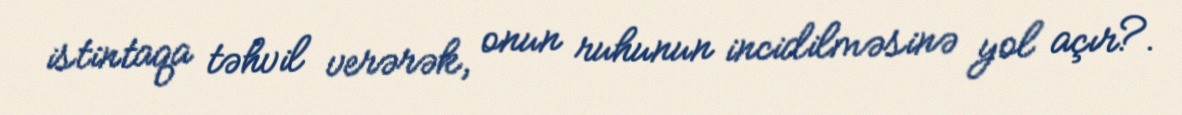
istintaqa təhvil verərək, onun ruhunun incidilməsinə yol açır?.